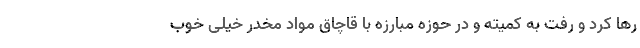
رها کرد و رفت به کمیته و در حوزه مبارزه با قاچاق مواد مخدر خیلی خوب